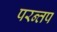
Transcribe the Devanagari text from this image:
परन्तप